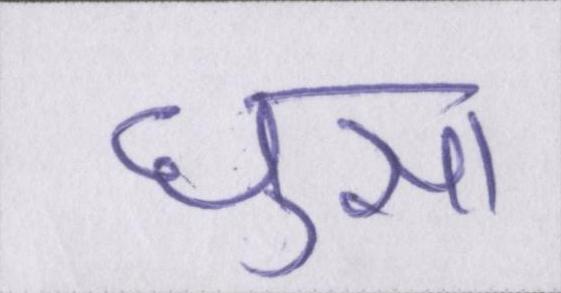
घुसा